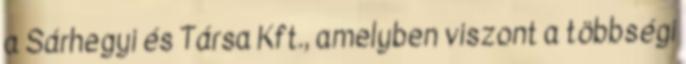
a Sárhegyi és Társa Kft., amelyben viszont a többségi